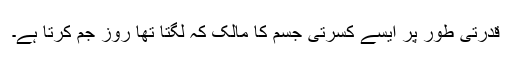
قدرتی طور پر ایسے کسرتی جسم کا مالک کہ لگتا تھا روز جم کرتا ہے۔